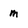
Character: m